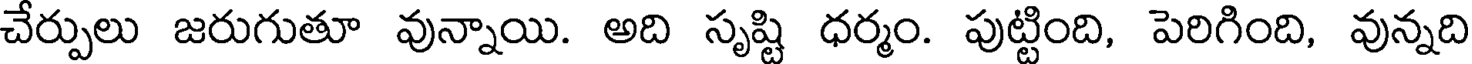
చేర్పులు జరుగుతూ వున్నాయి. అది సృష్టి ధర్మం. పుట్టింది, పెరిగింది, వున్నది